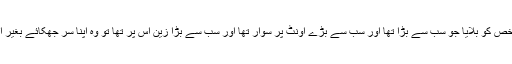
پھر ہم نے اس کی پسلیوں میں سے پسلی لی اور قافلے میں سے اس شخص کو بلایا جو سب سے بڑا تھا اور سب سے بڑے اونٹ پر سوار تھا اور سب سے بڑا زین اس پر تھا تو وہ اپنا سر جھکائے بغیر اس پسلی کے نیچے سے گزر گیا(اتنی اونچی اس جانور کی پسلی تھی۔